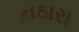
નઠારા